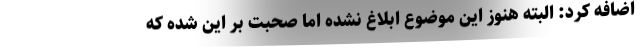
اضافه کرد: البته هنوز این موضوع ابلاغ نشده اما صحبت بر این شده که